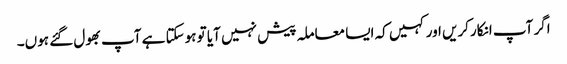
اگر آپ انکارکریں اور کہیں کہ ایسا معاملہ پیش نہیں آیا تو ہوسکتا ہے آپ بھول گئے ہوں۔